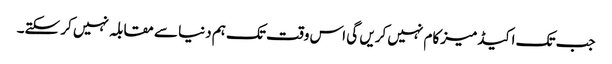
جب تک اکیڈمیز کام نہیں کریں گی اس وقت تک ہم دنیا سے مقابلہ نہیں کر سکتے۔